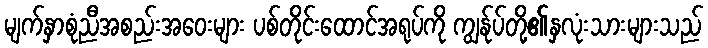
မျက်နှာစုံညီအစည်းအဝေးများ ပစ်တိုင်းထောင်အရုပ်ကို ကျွန်ုပ်တို့၏နှလုံးသားများသည်